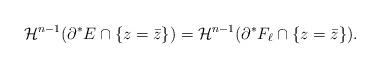
LaTeX: \begin{align*} \mathcal{H}^{n-1} ( \partial^{*} E \cap \{ z = \bar{z} \}) = \mathcal{H}^{n-1} ( \partial^{*} F_{\ell} \cap \{ z = \bar{z} \}).\end{align*}